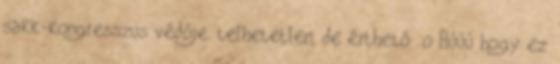
sakk-kongresszus védője. telhetetlen, de érthető :o Húúú hogy ez